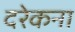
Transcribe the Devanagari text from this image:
दरेकना